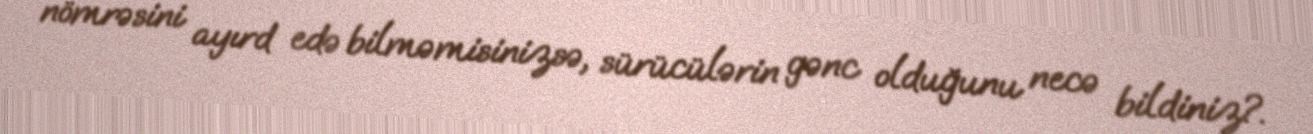
nömrəsini ayırd edə bilməmisinizsə, sürücülərin gənc olduğunu necə bildiniz?.